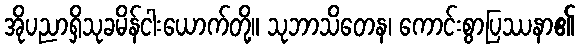
အိုပညာရှိသုခမိန်ငါးယောက်တို့။ သုဘာသိတေန၊ ကောင်းစွာပြဿနာ၏